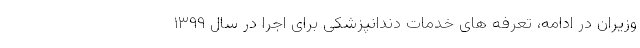
وزیران در ادامه، تعرفه های خدمات دندانپزشکی برای اجرا در سال ۱۳۹۹